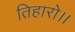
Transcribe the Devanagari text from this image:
तिहारो।।